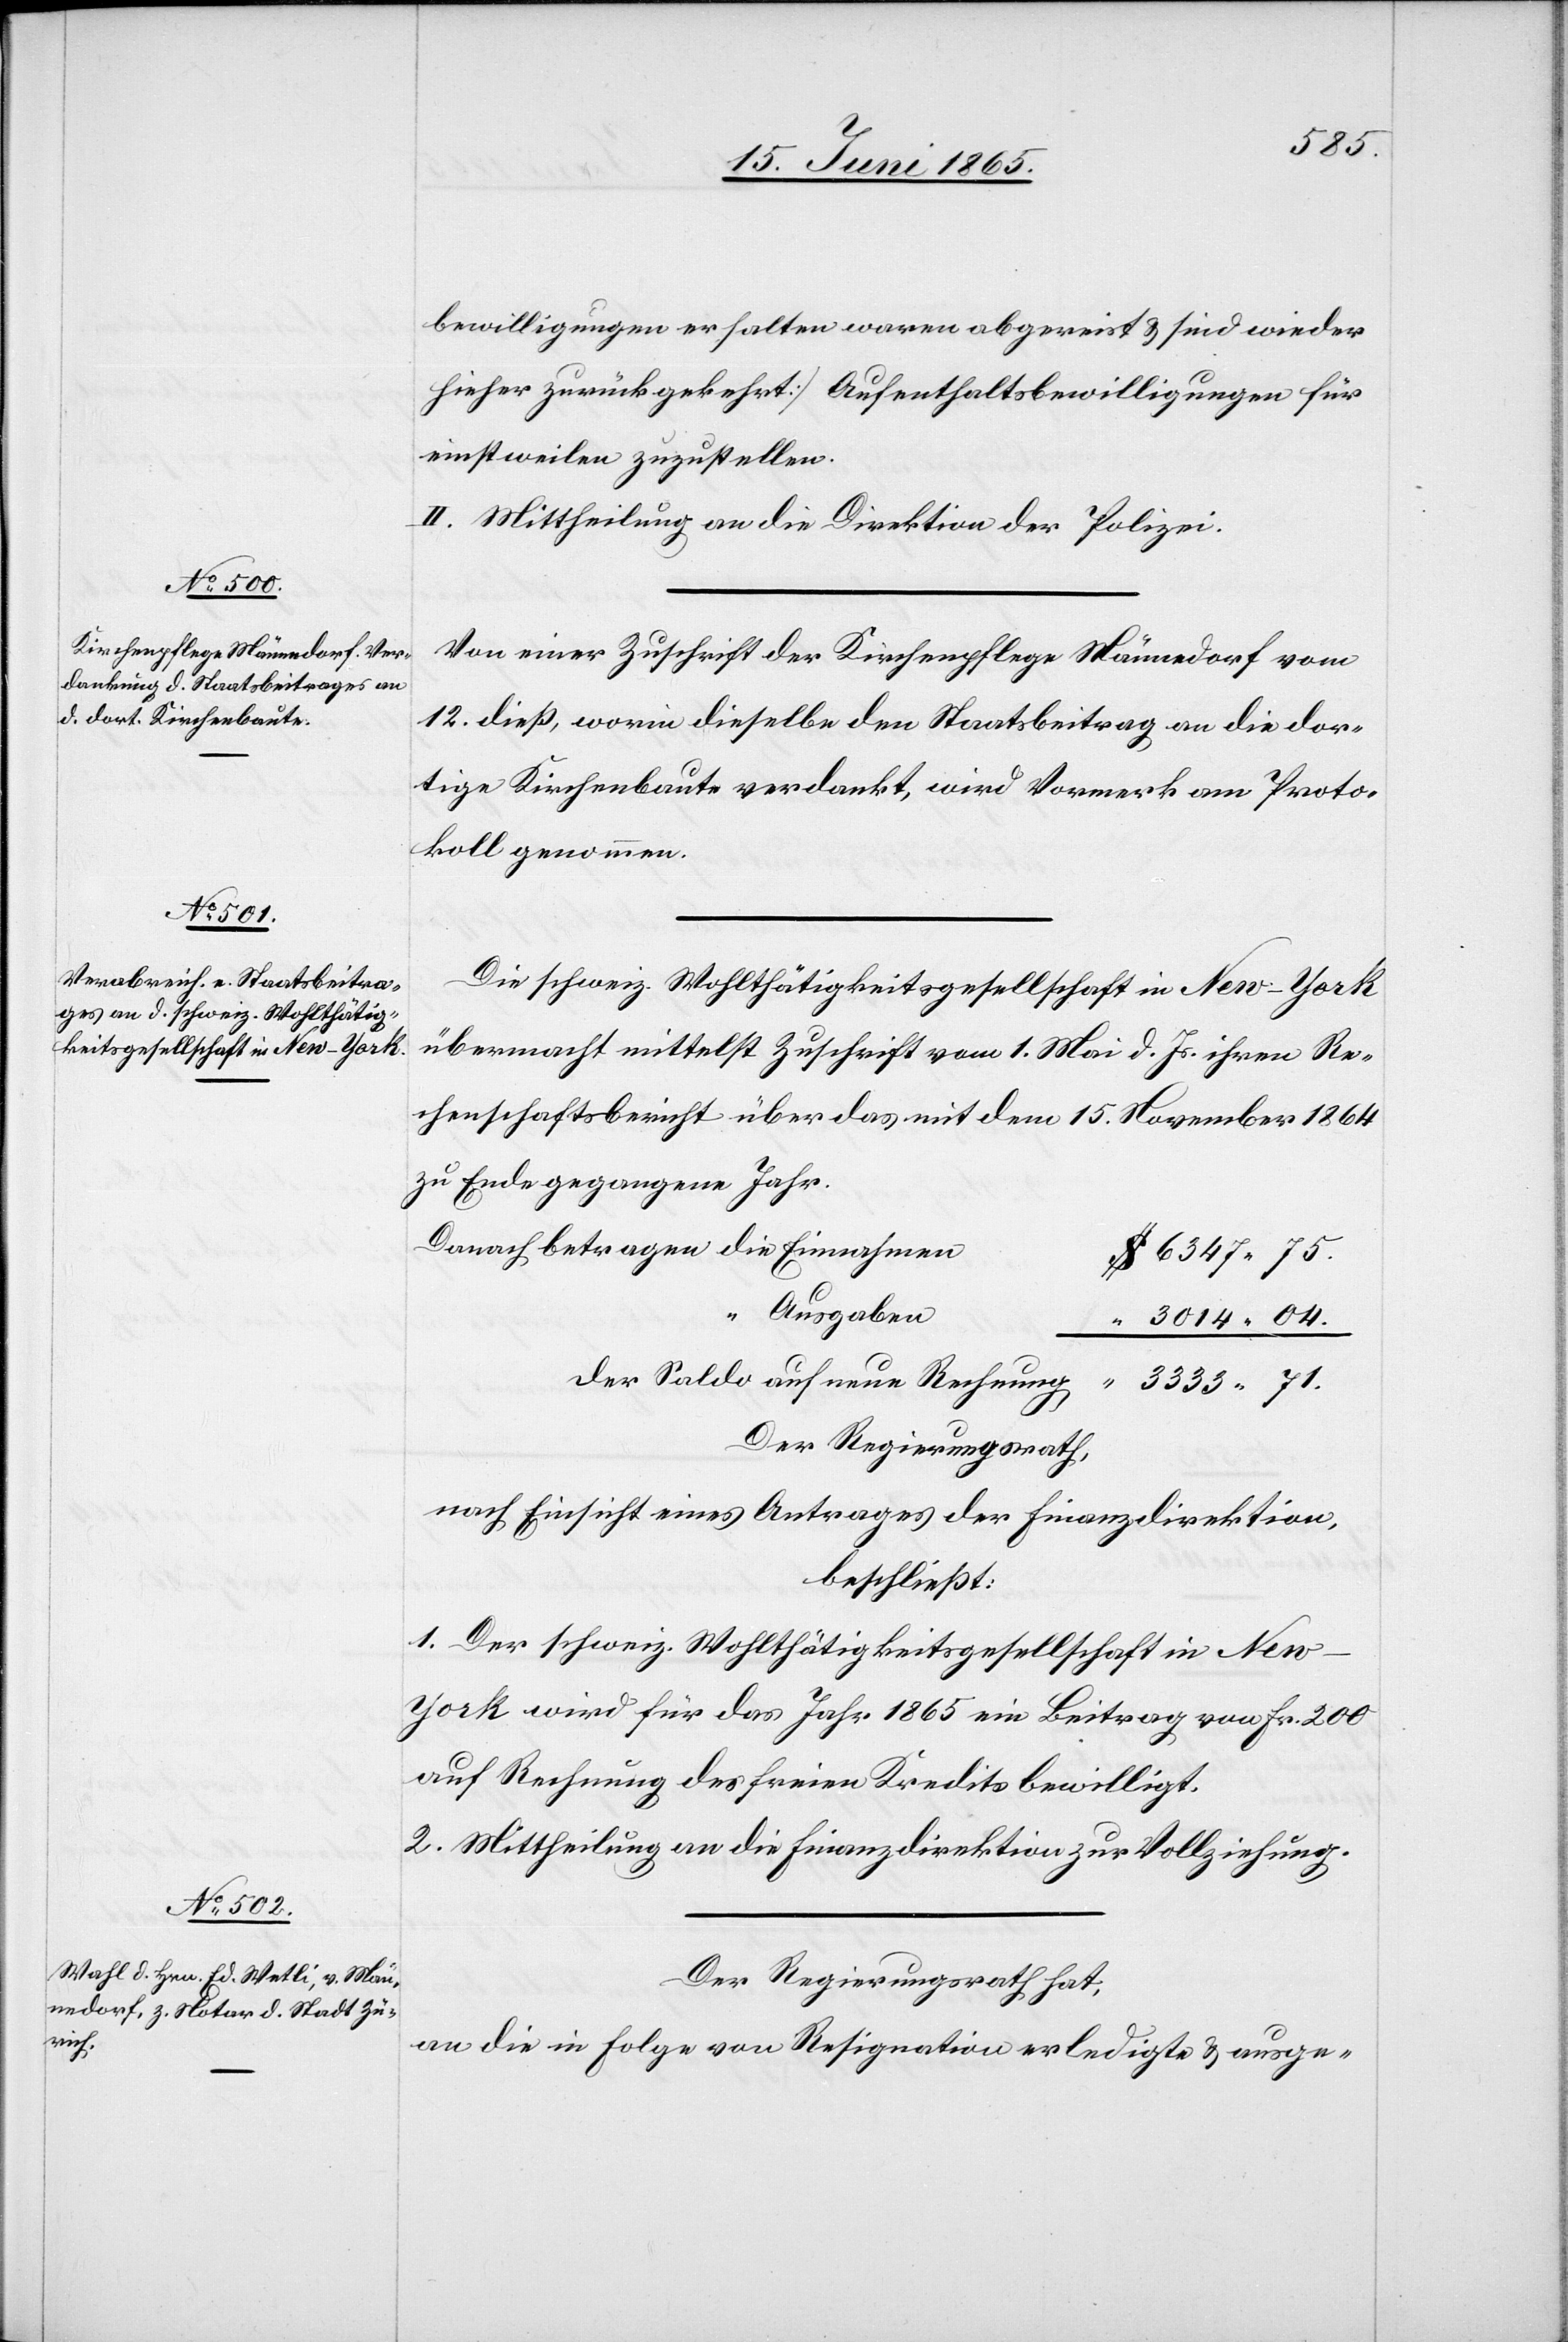
bewilligungen erhalten waren abgereist & sind wieder
hieher zurückgekehrt] Aufenthaltsbewilligungen für
einstweilen zuzustellen.
II. Mittheilung an die Direktion der Polizei.
Von einer Zuschrift der Kirchenpflege Männedorf vom
12. dieß, worin dieselbe den Staatsbeitrag an die dor¬
tige Kirchenbaute verdankt, wird Vormerk am Proto¬
koll genommen.
Die schweiz. Wohlthätigkeitsgesellschaft in New-York
übermacht mittelst Zuschrift vom 1. Mai d. Js. ihren Re¬
chenschaftsbericht über das mit dem 15. November 1864
zu Ende gegangene Jahr.
Danach betragen die Einnahme¬
n	$ 6347 75.
“
Ausgaben	“
3014 04.
Der Saldo auf neue Rechnung	“ 3333 71.
Der Regierungsrath,
nach Einsicht eines Antrages der Finanzdirektion,
beschließt:
1. Der schweiz. Wohlthätigkeitsgesellschaft in Ne¬
w-York wird für das Jahr 1865 ein Beitrag von Fr. 200
auf Rechnung des freien Kredits bewilligt.
2. Mittheilung an die Finanzdirektion zur Vollziehung.
Der Regierungsrath hat,
an die in Folge von Resignation erledigte & ausge-